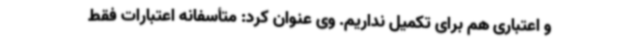
و اعتباری هم برای تکمیل نداریم. وی عنوان کرد: متأسفانه اعتبارات فقط